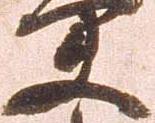
夫